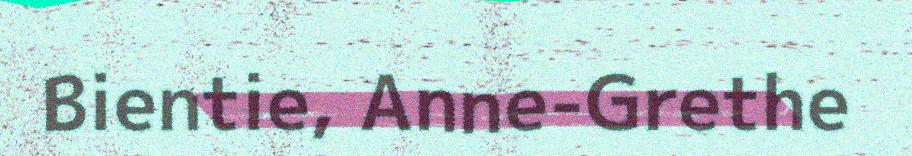
Bientie, Anne-Grethe